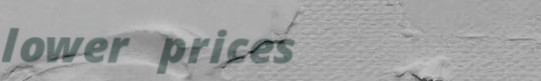
lower prices